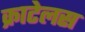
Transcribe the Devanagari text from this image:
क्राटेलस